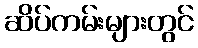
ဆိပ်ကမ်းများတွင်